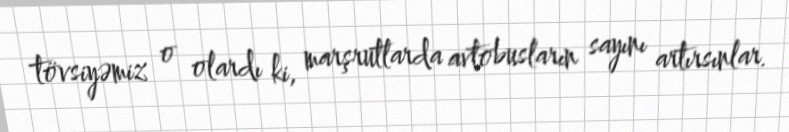
tövsiyəmiz o olardı ki, marşrutlarda avtobusların sayını artırsınlar.